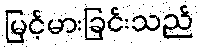
မြင့်မားခြင်းသည်